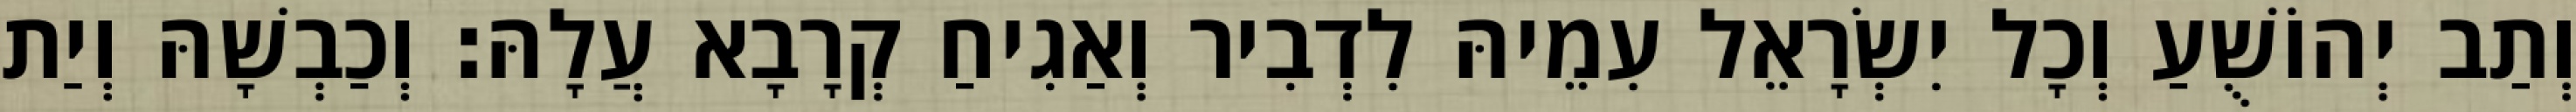
וְתַב יְהוֹשֻׁעַ וְכָל יִשְׂרָאֵל עִמֵיהּ לִדְבִיר וְאַגִיחַ קְרָבָא עֲלָהּ׃ וְכַבְשָׁהּ וְיַת